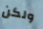
ولكن